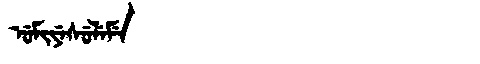
Manchu: ᡠᠮᡳᠶᡝᠰᡠᠯᡝᠮᡝ
Romanization: UMIYESULEME